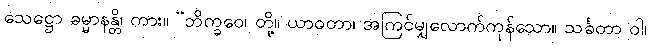
သေဋ္ဌော ဓမ္မာနန္တိ၊ ကား။ “ဘိက္ခဝေ၊ တို့။ ယာဝတာ၊ အကြင်မျှလောက်ကုန်သော။ သင်္ခတာ ဝါ၊